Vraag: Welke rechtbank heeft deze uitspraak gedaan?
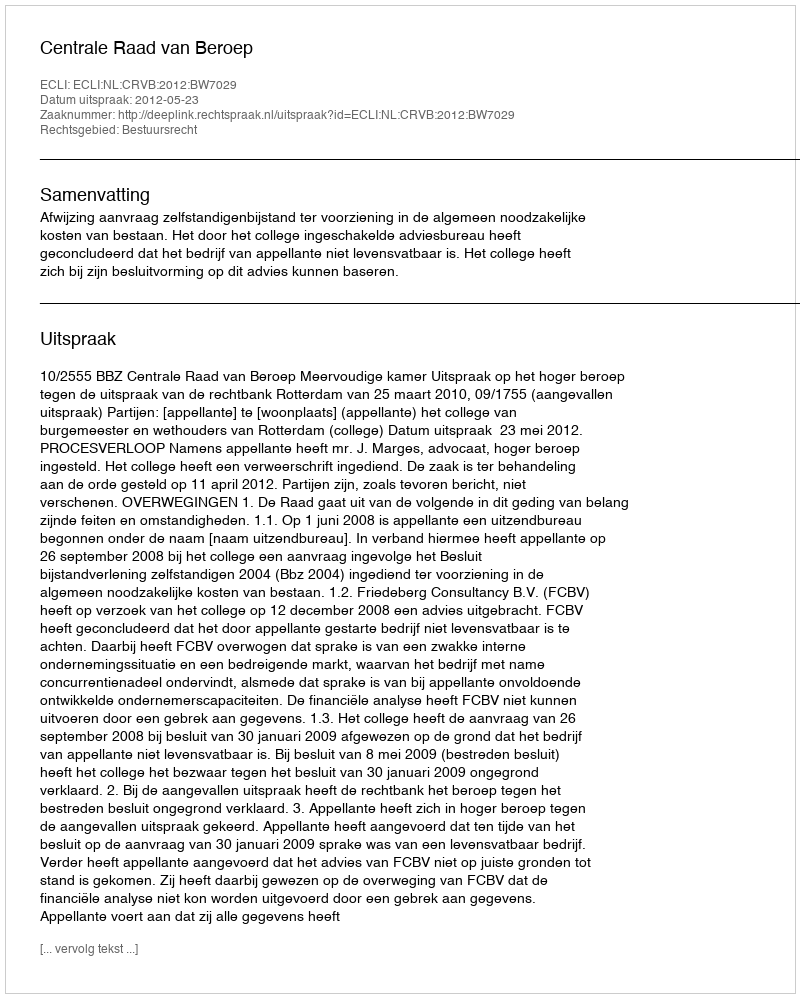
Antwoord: Centrale Raad van Beroep